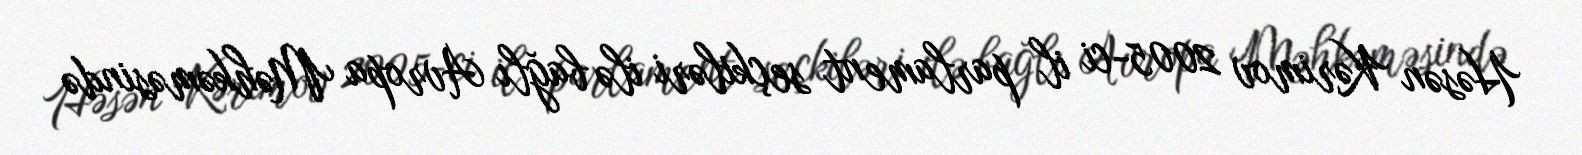
Həsən Kərimov 2005-ci il parlament seçkiləri ilə bağlı Avropa Məhkəməsində